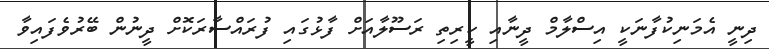
ދިނީ އެމަނިކުފާނަކީ އިސްލާމް ދީނާއި ކީރިތި ރަސޫލާއަށް ފާޅުގައި ފުރައްސާރަކޮށް ދީނުން ބޭރުވެފައިވާ